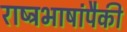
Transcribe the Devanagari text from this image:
राष्ट्रभाषांपैकी